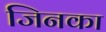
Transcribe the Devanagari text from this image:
जिनका